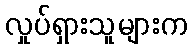
လှုပ်ရှားသူများက